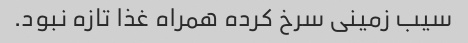
سیب زمینی سرخ کرده همراه غذا تازه نبود.